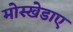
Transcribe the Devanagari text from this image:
मोस्खेडाए